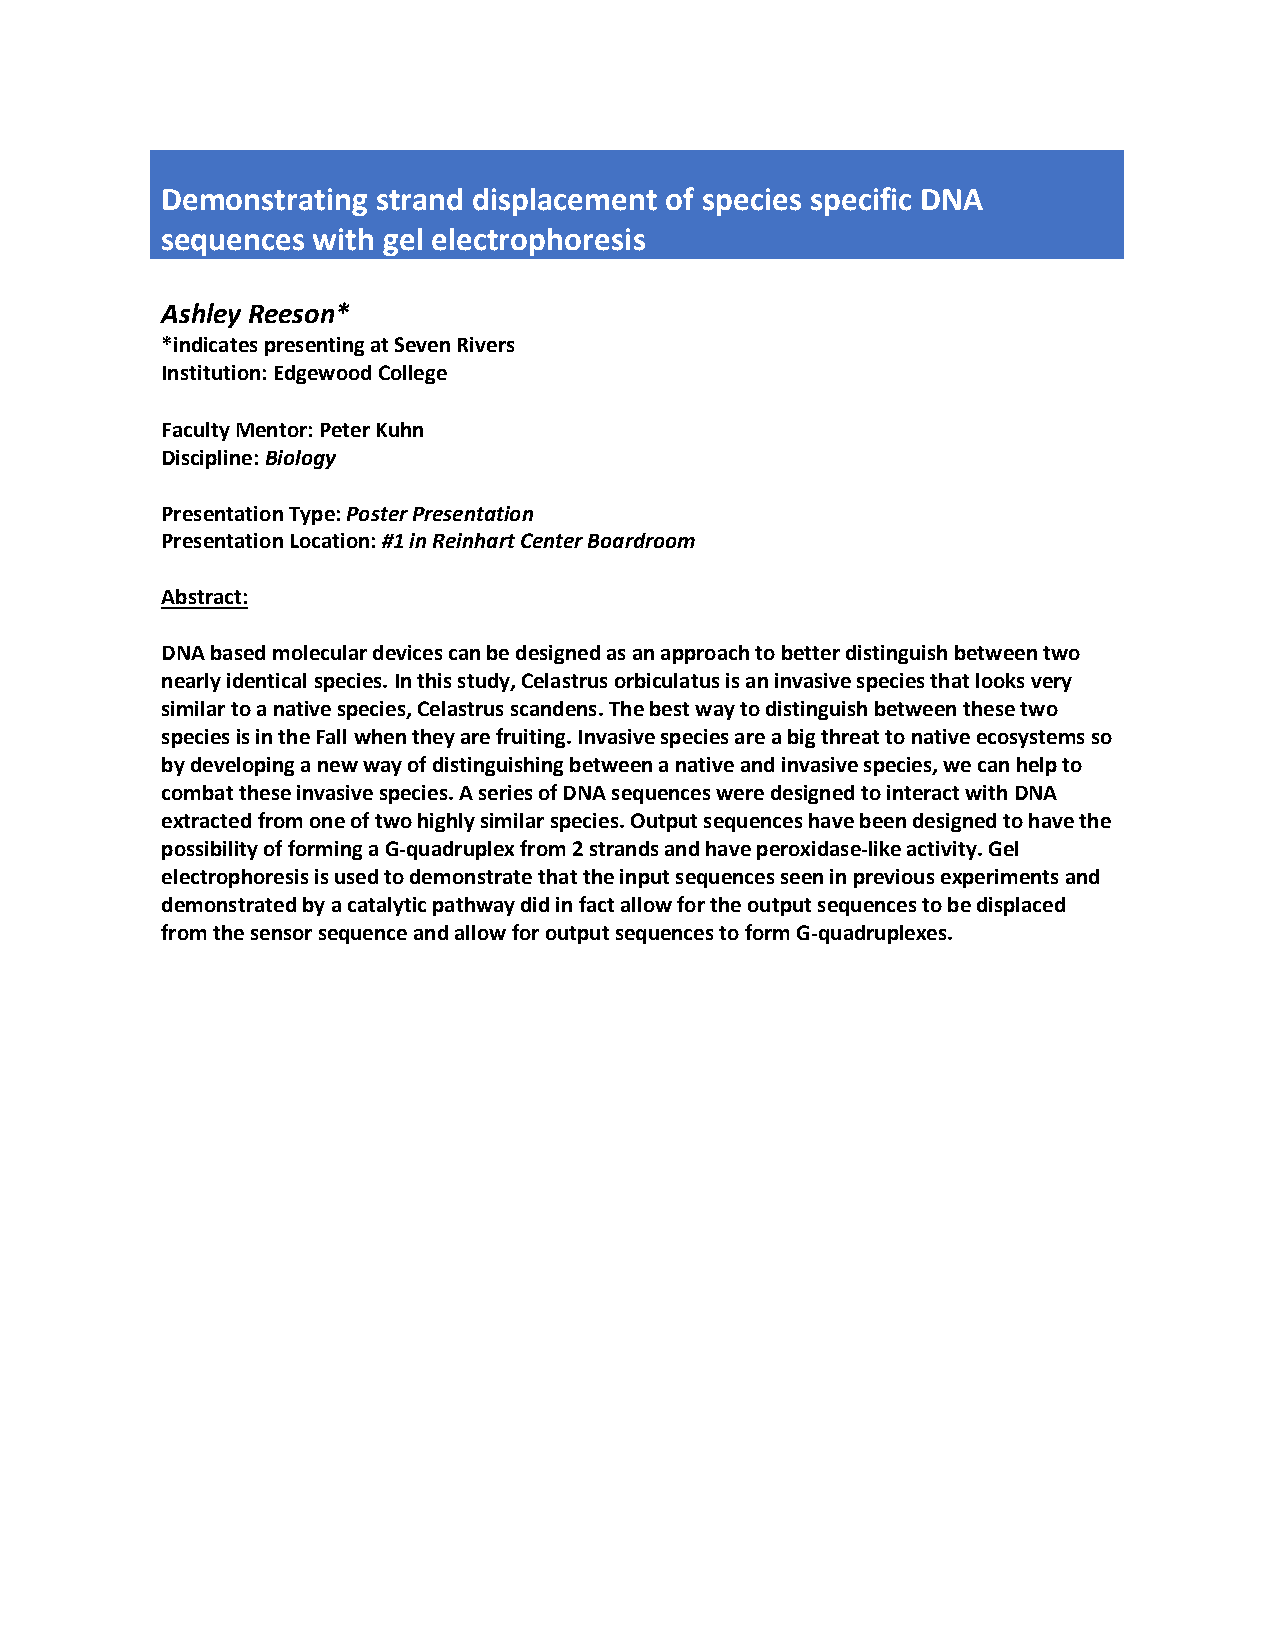
Demonstrating strand displacement of species specific DNA
 sequences with gel electrophoresis
 Ashley Reeson*
 *indicates presenting at Seven Rivers
 Institution: Edgewood College
 Faculty Mentor: Peter Kuhn
 Discipline: Biology
 Presentation Type: Poster Presentation
 Presentation Location: #1 in Reinhart Center Boardroom
 Abstract:
 DNA based molecular devices can be designed as an approach to better distinguish between two
 nearly identical species. In this study, Celastrus orbiculatus is an invasive species that looks very
 similar to a native species, Celastrus scandens. The best way to distinguish between these two
 species is in the Fall when they are fruiting. Invasive species are a big threat to native ecosystems so
 by developing a new way of distinguishing between a native and invasive species, we can help to
 combat these invasive species. A series of DNA sequences were designed to interact with DNA
 extracted from one of two highly similar species. Output sequences have been designed to have the
 possibility of forming a G-quadruplex from 2 strands and have peroxidase-like activity. Gel
 electrophoresis is used to demonstrate that the input sequences seen in previous experiments and
 demonstrated by a catalytic pathway did in fact allow for the output sequences to be displaced
 from the sensor sequence and allow for output sequences to form G-quadruplexes.